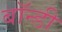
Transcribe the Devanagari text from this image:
बॉन्डी